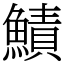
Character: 鰿